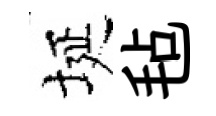
埏毡